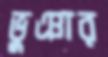
ভুঞার